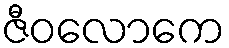
ဇီဝလောကေ